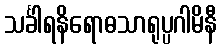
သင်္ခါရနိရောဓသာရုပ္ပဂါမိနီ